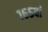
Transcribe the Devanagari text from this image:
१६५वां